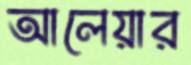
আলেয়ার